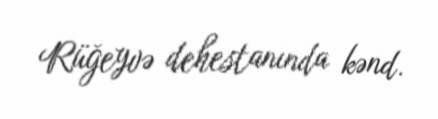
Rüğeyvə dehestanında kənd.